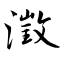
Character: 澂